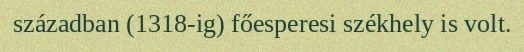
században (1318-ig) főesperesi székhely is volt.